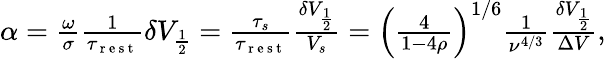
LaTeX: \begin{array}{r}{\alpha=\frac{\omega}{\sigma}\frac{1}{\tau_{\mathrm{~r~e~s~t~}}}\delta V_{\frac{1}{2}}=\frac{\tau_{s}}{\tau_{\mathrm{~r~e~s~t~}}}\frac{\delta V_{\frac{1}{2}}}{V_{s}}=\left(\frac{4}{1-4\rho}\right)^{1/6}\frac{1}{\nu^{4/3}}\frac{\delta V_{\frac{1}{2}}}{\Delta V},}\end{array}